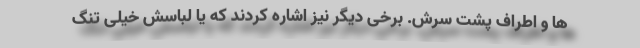
ها و اطراف پشت سرش. برخی دیگر نیز اشاره کردند که یا لباسش خیلی تنگ